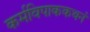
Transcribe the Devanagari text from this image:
कर्मविपाककथनं